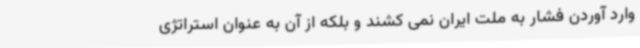
وارد آوردن فشار به ملت ایران نمی کشند و بلکه از آن به عنوان استراتژی